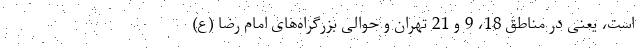
است، یعنی در مناطق 18، 9 و 21 تهران و حوالی بزرگراه‌های امام رضا (ع)